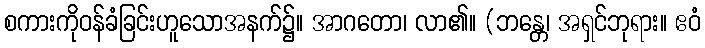
စကားကိုဝန်ခံခြင်းဟူသောအနက်၌။ အာဂတော၊ လာ၏။ (ဘန္တေ၊ အရှင်ဘုရား။ ဧဝံ